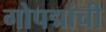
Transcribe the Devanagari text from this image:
गोपद्मांची